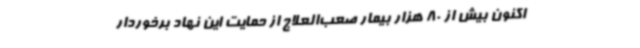
اکنون بیش از 80 هزار بیمار صعب‌العلاج از حمایت این نهاد برخوردار